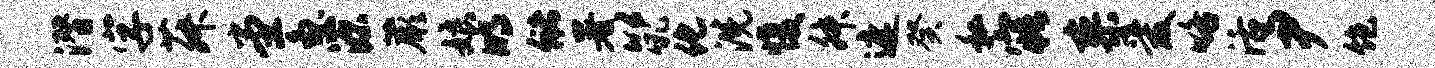
潜字菽堂急源蕨娘明储署以吼化洗愎舛遮癸私寤寥爱咯活尹饱